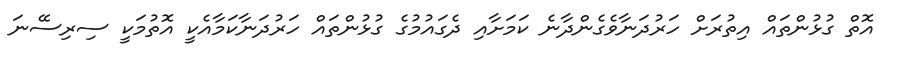
އޮތް ގުޅުންތައް އިތުރަށް ހަރުދަނާވެގެންދާނެ ކަމަށާއި ދެގައުމުގެ ގުޅުންތައް ހަރުދަނާކަމާއެކީ އޮތުމަކީ ސިރިސޭނަ